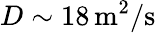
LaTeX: D\sim 18\, \mathrm{m^{2}/s}